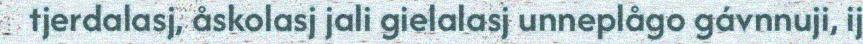
tjerdalasj, åskolasj jali gielalasj unneplågo gávnnuji, ij